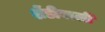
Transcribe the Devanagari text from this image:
शेंडीवाली